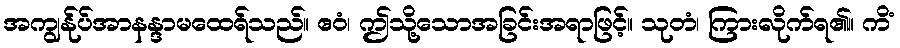
အကျွန်ုပ်အာနန္ဒာမထေရ်သည်။ ဧဝံ၊ ဤသို့သောအခြင်းအရာဖြင့်။ သုတံ၊ ကြားလိုက်ရ၏။ ကိံ